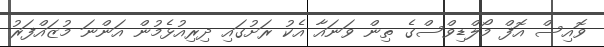
ވޮއިސް އޮފް މޯލްޑިވްސްގެ ތިން ވަނައާ އެކު ރަށުގައި ދިރިއުޅެމުން އަންނަ މުޒައްފަރު